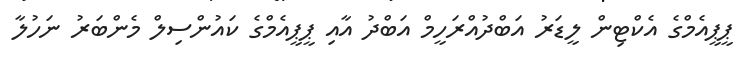
ޕީޕީއެމްގެ އެކްޓިން ލީޑަރު އަބްދުއްރަހީމް އަބްދު އާއި ޕީޕީއެމްގެ ކައުންސިލް މެންބަރު ނަހުލާ